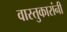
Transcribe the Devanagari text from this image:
वास्तुकारांनी